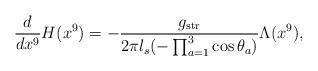
LaTeX: \begin{align*}\frac{d}{dx^9}H(x^9)=-\frac{g_{\rm str}}{2\pi l_s(-\prod_{a=1}^3\cos\theta_a)}\Lambda(x^9),\end{align*}